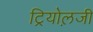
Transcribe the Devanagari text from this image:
ट्रियोल़जी